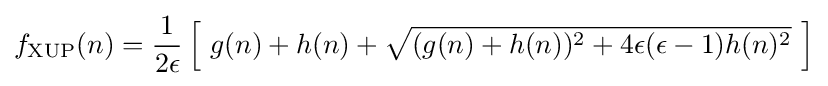
f_{\text{XUP}}(n)={\frac {1}{2\epsilon }}\left[\ g(n)+h(n)+{\sqrt {(g(n)+h(n))^{2}+4\epsilon (\epsilon -1)h(n)^{2}}}\ \right]